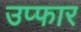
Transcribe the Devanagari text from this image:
उप्फार